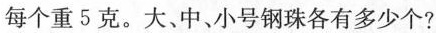
每个重5克。大、中、小号钢珠各有多少个?